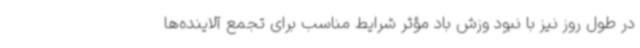
در طول روز نیز با نبود وزش باد مؤثر شرایط مناسب برای تجمع آلاینده‌ها